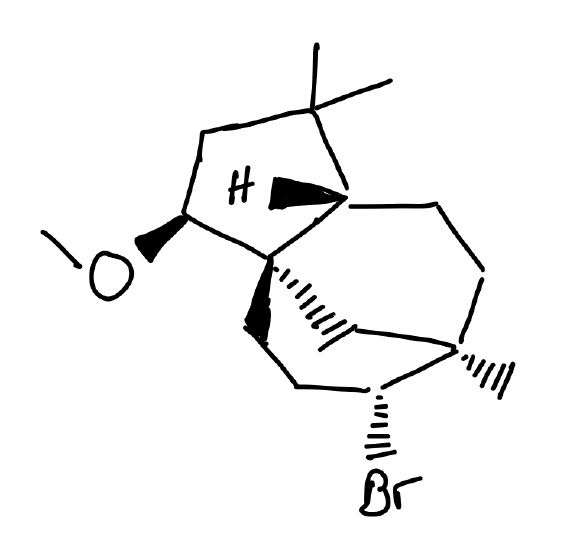
Simplified molecular-input line-entry system (SMILES) notation of the given molecule:
C[C@@]12CC[C@@H]3[C@@](C1)(CC[C@H]2Br)[C@H](CC3(C)C)OC